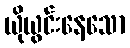
ယိုယွင်းနေသော